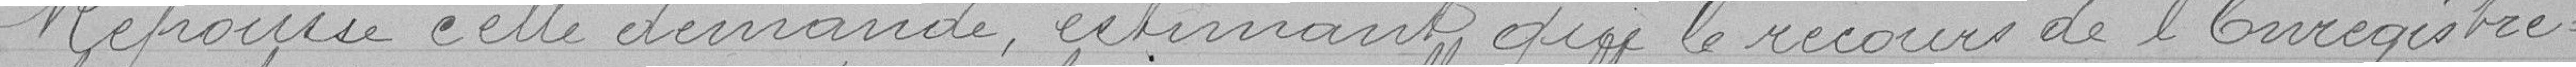
Repousse cette demande , estimant que le recours de l'Enregistre=